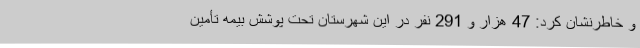
و خاطرنشان کرد: 47 هزار و 291 نفر در این شهرستان تحت پوشش بیمه تأمین